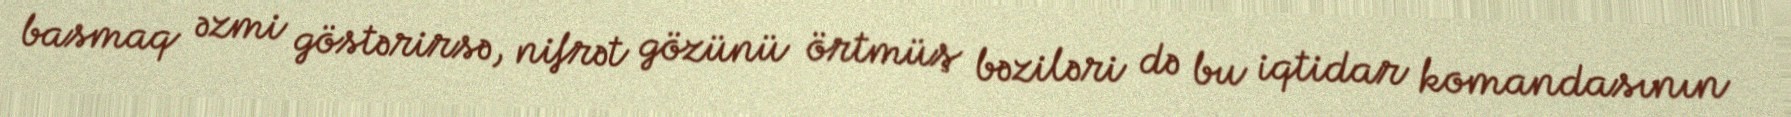
basmaq əzmi göstərirsə, nifrət gözünü örtmüş bəziləri də bu iqtidar komandasının